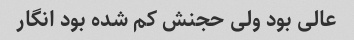
عالی بود ولی حجنش کم شده بود انگار